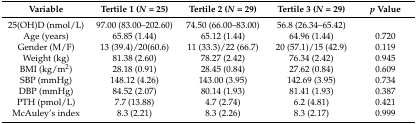
<table><thead><tr><td><b>Variable</b></td><td><b>Tertile 1 (<i>N</i> = 25)</b></td><td><b>Tertile 2 (<i>N</i> = 29)</b></td><td><b>Tertile 3 (<i>N</i> = 29)</b></td><td><b><i>p</i> Value</b></td></tr></thead><tbody><tr><td>25(OH)D (nmol/L)</td><td>97.00 (83.00–202.60)</td><td>74.50 (66.00–83.00)</td><td>56.8 (26.34–65.42)</td><td></td></tr><tr><td>Age (years)</td><td>65.85 (1.44)</td><td>65.12 (1.44)</td><td>64.96 (1.44)</td><td>0.720</td></tr><tr><td>Gender (M/F)</td><td>13 (39.4)/20(60.6)</td><td>11 (33.3)/22 (66.7)</td><td>20 (57.1)/15 (42.9)</td><td>0.119</td></tr><tr><td>Weight (kg)</td><td>81.38 (2.60)</td><td>78.27 (2.42)</td><td>76.34 (2.42)</td><td>0.945</td></tr><tr><td>BMI (kg/m<sup>2</sup>)</td><td>28.18 (0.91)</td><td>28.45 (0.84)</td><td>27.62 (0.84)</td><td>0.609</td></tr><tr><td>SBP (mmHg)</td><td>148.12 (4.26)</td><td>143.00 (3.95)</td><td>142.69 (3.95)</td><td>0.734</td></tr><tr><td>DBP (mmHg)</td><td>84.52 (2.07)</td><td>80.14 (1.93)</td><td>81.41 (1.93)</td><td>0.387</td></tr><tr><td>PTH (pmol/L)</td><td>7.7 (13.88)</td><td>4.7 (2.74)</td><td>6.2 (4.81)</td><td>0.421</td></tr><tr><td>McAuley’s index</td><td>8.3 (2.21)</td><td>8.3 (2.26)</td><td>8.3 (2.17)</td><td>0.999</td></tr></tbody></table>